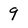
Character: 9